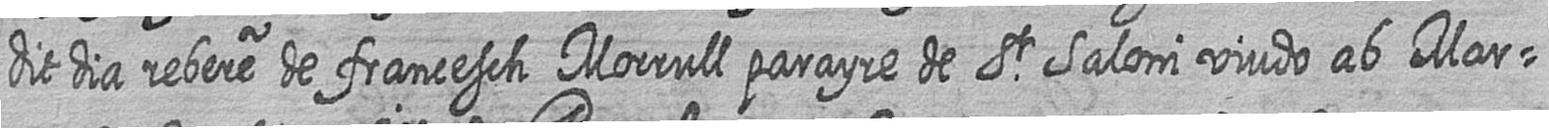
dit dia rebere de francesch Morrull parayre de St Saloni viudo ab Mar=